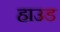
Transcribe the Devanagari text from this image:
हाउड